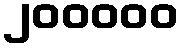
၂၀၀၀၀၀